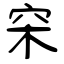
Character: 穼